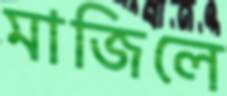
মাজিলে